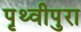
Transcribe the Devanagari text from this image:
पृथ्वीपुरा